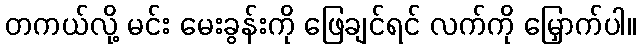
တကယ်လို့ မင်း မေးခွန်းကို ဖြေချင်ရင် လက်ကို မြှောက်ပါ။